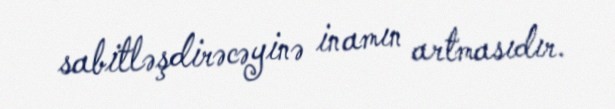
sabitləşdirəcəyinə inamın artmasıdır.